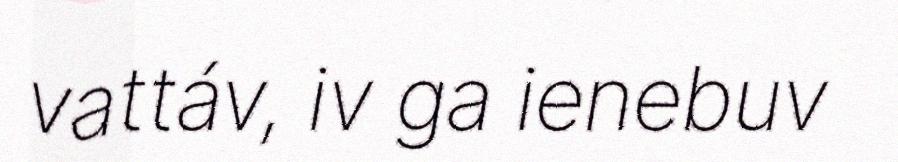
vattáv, iv ga ienebuv